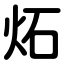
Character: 炻